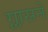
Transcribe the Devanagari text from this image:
ग्लासने